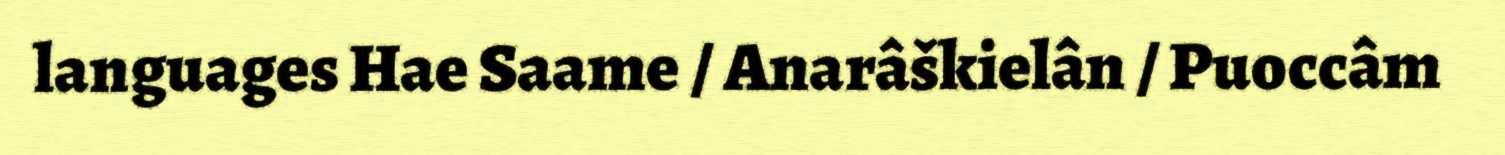
languages Hae Saame / Anarâškielân / Puoccâm